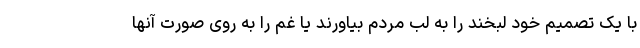
با یک تصمیم خود لبخند را به لب مردم بیاورند یا غم را به روی صورت آنها